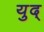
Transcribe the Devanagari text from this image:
युद्